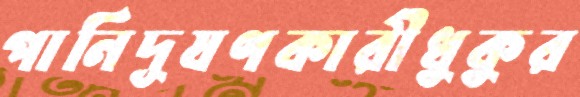
পানিদূষণকারীধুকুর